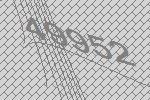
49952